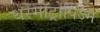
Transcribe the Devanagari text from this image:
थरमॉट्रोपिज्म